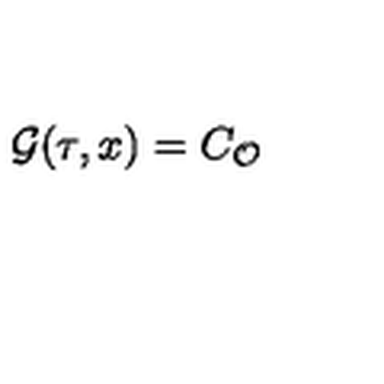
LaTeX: { \cal G } ( \tau , x ) = C _ { \cal { O } }